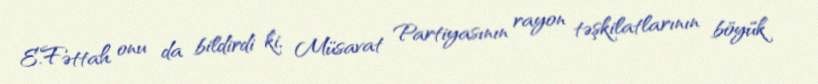
E.Fəttah onu da bildirdi ki, Müsavat Partiyasının rayon təşkilatlarının böyük